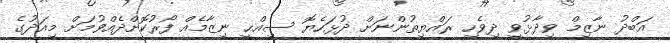
އަބްދު ނާޒިމް ވިދާޅުވީ ދިވެހި ރައްޔިތުންނަށް ދުޅަހެޔޮ ސިއްޙީ ނިޒާމެއް ފޯރުކޮށްދެއްވުމަށް މިއަދުގެ